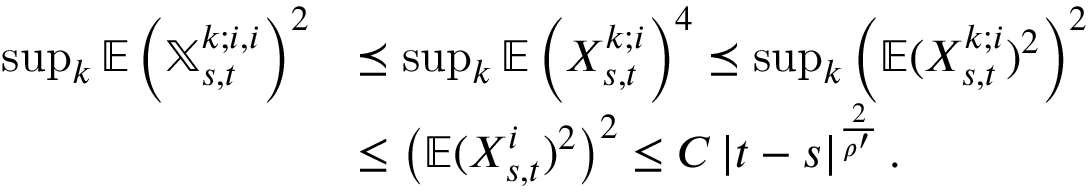
\begin{array} { r l } { \operatorname* { s u p } _ { k } \mathbb { E } \left( \mathbb { X } _ { s , t } ^ { k ; i , i } \right) ^ { 2 } } & { \preceq \operatorname* { s u p } _ { k } \mathbb { E } \left( X _ { s , t } ^ { k ; i } \right) ^ { 4 } \preceq \operatorname* { s u p } _ { k } \left( \mathbb { E } ( X _ { s , t } ^ { k ; i } ) ^ { 2 } \right) ^ { 2 } } \\ & { \leq \left( \mathbb { E } ( X _ { s , t } ^ { i } ) ^ { 2 } \right) ^ { 2 } \leq C \left| t - s \right| ^ { \frac { 2 } { \rho ^ { \prime } } } . } \end{array}